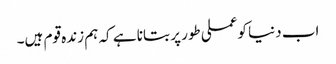
اب دنیا کوعملی طور پر بتانا ہے کہ ہم زندہ قوم ہیں۔